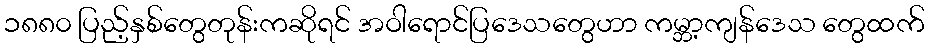
၁၈၈၀ ပြည့်နှစ်တွေတုန်းကဆိုရင် အဝါရောင်ပြဒေသတွေဟာ ကမ္ဘာ့ကျန်ဒေသ တွေထက်